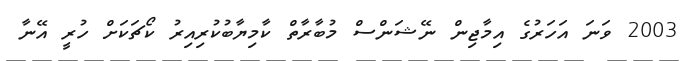
2003 ވަނަ އަހަރުގެ އިމާޖިން ނޭޝަންސް މުބާރާތް ކާމިޔާބުކުރިއިރު ކޯޗަކަށް ހުރީ އޭނާ